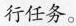
行任务。